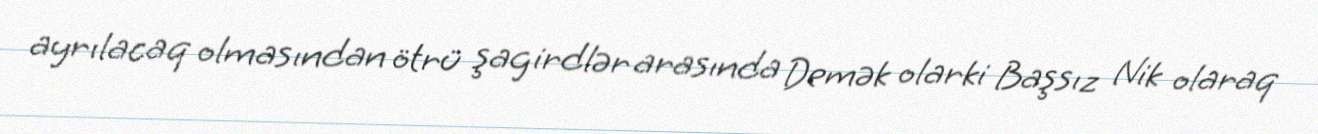
ayrılacaq olmasından ötrü şagirdlər arasında Demək olarki Başsız Nik olaraq